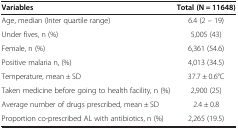
<table><thead><tr><td><b>Variables</b></td><td><b>Total (N = 11648)</b></td></tr></thead><tbody><tr><td>Age, median (Inter quartile range)</td><td>6.4 (2 – 19)</td></tr><tr><td>Under fives, n (%)</td><td>5,005 (43)</td></tr><tr><td>Female, n (%)</td><td>6,361 (54.6)</td></tr><tr><td>Positive malaria n, (%)</td><td>4,013 (34.5)</td></tr><tr><td>Temperature, mean ± SD</td><td>37.7 ± 0.6°C</td></tr><tr><td>Taken medicine before going to health facility, n (%)</td><td>2,900 (25)</td></tr><tr><td>Average number of drugs prescribed, mean ± SD</td><td>2.4 ± 0.8</td></tr><tr><td>Proportion co-prescribed AL with antibiotics, n (%)</td><td>2,265 (19.5)</td></tr></tbody></table>